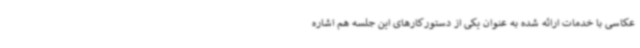
عکاسی با خدمات ارائه شده به عنوان یکی از دستورکارهای این جلسه هم اشاره